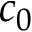
c _ { 0 }